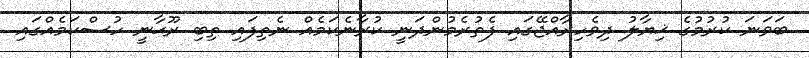
ބަވަނަ ކުރުމުގެ ޚިޔާލު ދިވެހިރާއްޖޭގައި ފެތުރެމުންދަނީ ކުރާނެކަމެއް ނެތިފައި ތިބި ރޫޙާނީ ހުސްކަމެއްގައި